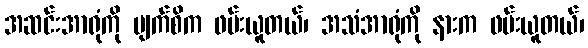
အဆင်းအာရုံကို မျက်စိက ဖမ်းယူတယ်၊ အသံအာရုံကို နားက ဖမ်းယူတယ်၊